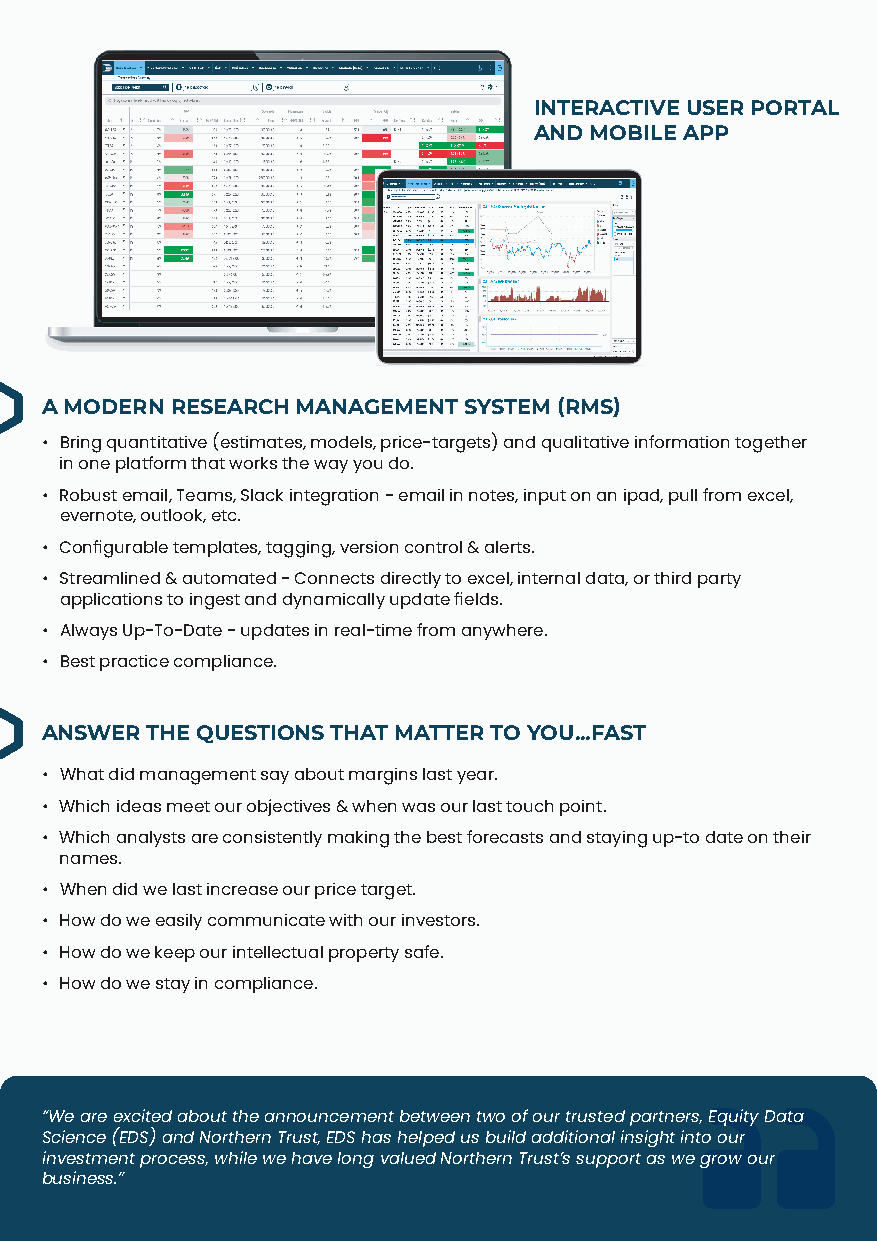
INTERACTIVE USER PORTAL
 AND MOBILE APP
 A MODERN RESEARCH MANAGEMENT SYSTEM (RMS)
 • Bring quantitative (estimates, models, price-targets) and qualitative information together
 in one platform that works the way you do.
 • Robust email, Teams, Slack integration - email in notes, input on an ipad, pull from excel,
 evernote, outlook, etc.
 • Configurable templates, tagging, version control & alerts.
 • Streamlined & automated - Connects directly to excel, internal data, or third party
 applications to ingest and dynamically update fields.
 • Always Up-To-Date - updates in real-time from anywhere.
 • Best practice compliance.
 ANSWER THE QUESTIONS THAT MATTER TO YOU...FAST
 • What did management say about margins last year.
 • Which ideas meet our objectives & when was our last touch point.
 • Which analysts are consistently making the best forecasts and staying up-to date on their
 names.
 • When did we last increase our price target.
 • How do we easily communicate with our investors.
 • How do we keep our intellectual property safe.
 • How do we stay in compliance.
 “We are excited about the announcement between two of our trusted partners, Equity Data
 Science (EDS) and Northern Trust, EDS has helped us build additional insight into our
 investment process, while we have long valued Northern Trust’s support as we grow our
 business.”